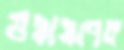
উষ্ণায়ণের